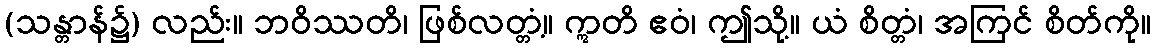
(သန္တာန်၌) လည်း။ ဘဝိဿတိ၊ ဖြစ်လတ္တံ့။ ဣတိ ဧဝံ၊ ဤသို့။ ယံ စိတ္တံ၊ အကြင် စိတ်ကို။